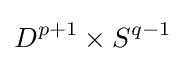
D^{p+1}\times S^{q-1}